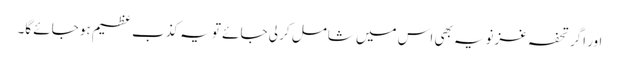
اور اگر تحفہ غزنویہ بھی اس میں شامل کر لی جائے تو یہ کذب عظیم ہو جائے گا۔